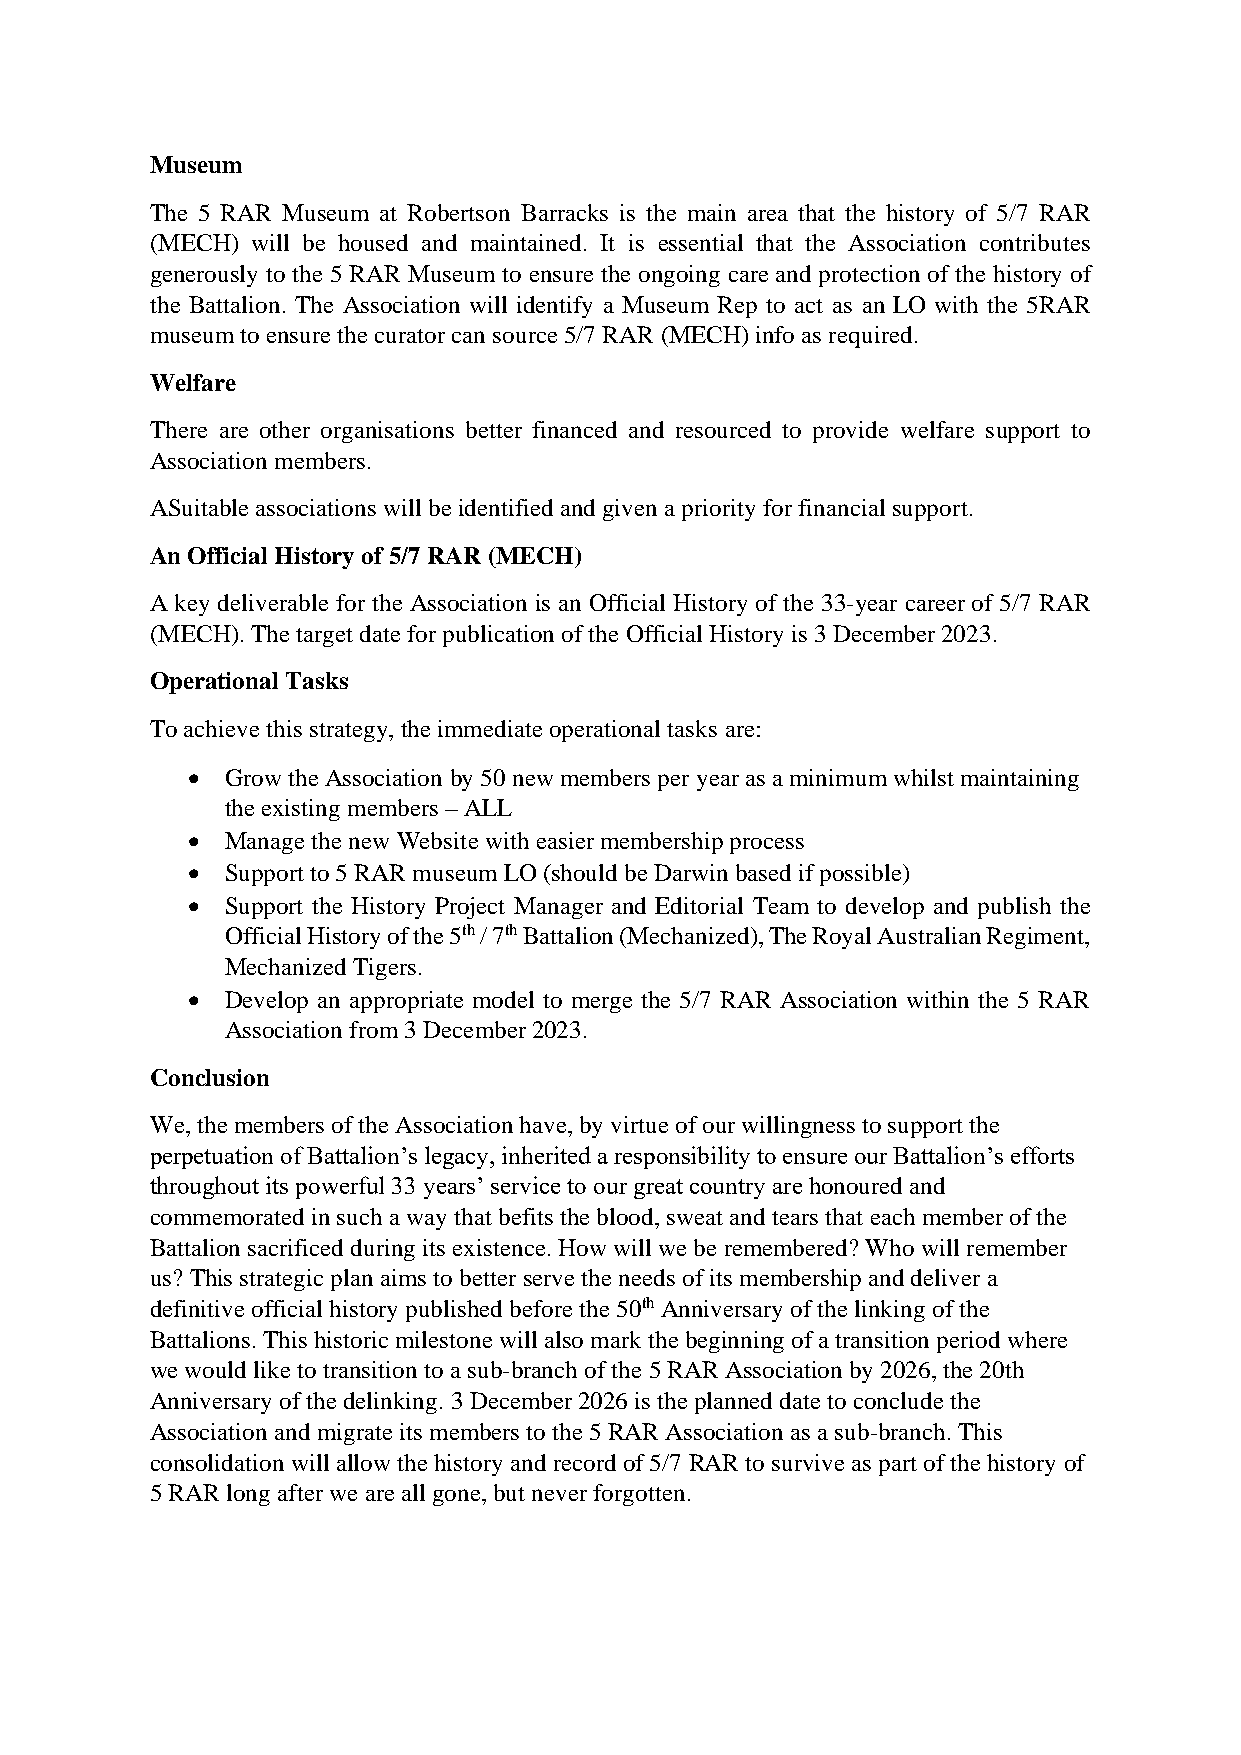
Museum
 The 5 RAR Museum at Robertson Barracks is the main area that the history of 5/7 RAR
 (MECH) will be housed and maintained. It is essential that the Association contributes
 generously to the 5 RAR Museum to ensure the ongoing care and protection of the history of
 the Battalion. The Association will identify a Museum Rep to act as an LO with the 5RAR
 museum to ensure the curator can source 5/7 RAR (MECH) info as required.
 Welfare
 There are other organisations better financed and resourced to provide welfare support to
 Association members.
 ASuitable associations will be identified and given a priority for financial support.
 An Official History of 5/7 RAR (MECH)
 A key deliverable for the Association is an Official History of the 33-year career of 5/7 RAR
 (MECH). The target date for publication of the Official History is 3 December 2023.
 Operational Tasks
 To achieve this strategy, the immediate operational tasks are:
 •  Grow the Association by 50 new members per year as a minimum whilst maintaining
 the existing members – ALL
 •  Manage the new Website with easier membership process
 •  Support to 5 RAR museum LO (should be Darwin based if possible)
 •  Support the History Project Manager and Editorial Team to develop and publish the
 Official History of the 5th / 7th Battalion (Mechanized), The Royal Australian Regiment,
 Mechanized Tigers.
 •  Develop an appropriate model to merge the 5/7 RAR Association within the 5 RAR
 Association from 3 December 2023.
 Conclusion
 We, the members of the Association have, by virtue of our willingness to support the
 perpetuation of Battalion’s legacy, inherited a responsibility to ensure our Battalion’s efforts
 throughout its powerful 33 years’ service to our great country are honoured and
 commemorated in such a way that befits the blood, sweat and tears that each member of the
 Battalion sacrificed during its existence. How will we be remembered? Who will remember
 us? This strategic plan aims to better serve the needs of its membership and deliver a
 definitive official history published before the 50th Anniversary of the linking of the
 Battalions. This historic milestone will also mark the beginning of a transition period where
 we would like to transition to a sub-branch of the 5 RAR Association by 2026, the 20th
 Anniversary of the delinking. 3 December 2026 is the planned date to conclude the
 Association and migrate its members to the 5 RAR Association as a sub-branch. This
 consolidation will allow the history and record of 5/7 RAR to survive as part of the history of
 5 RAR long after we are all gone, but never forgotten.